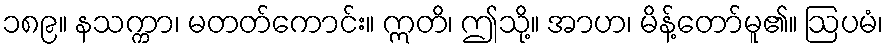
၁၈၉။ နသက္ကာ၊ မတတ်ကောင်း။ ဣတိ၊ ဤသို့။ အာဟ၊ မိန့်တော်မူ၏။ ဩပမံ၊